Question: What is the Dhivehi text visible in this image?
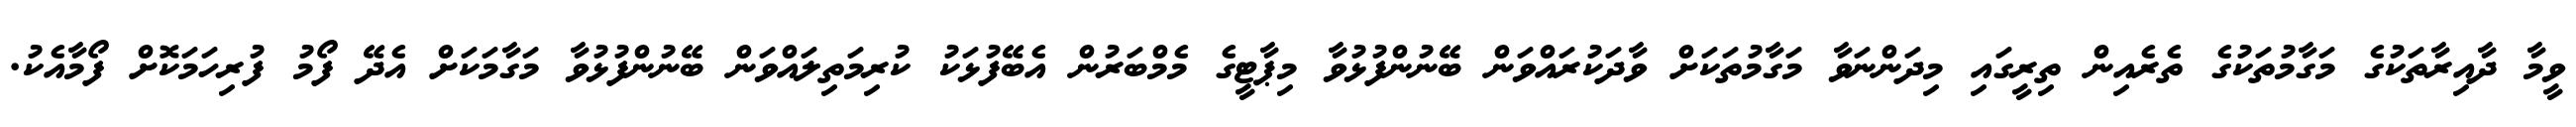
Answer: ވީމާ ދާއިރާތަކުގެ މަގާމުތަކުގެ ތެރެއިން ތިރީގައި މިދަންނަވާ މަގާމުތަކަށް ވާދަކުރައްވަން ބޭނުންފުޅުވާ މިޕާޓީގެ މެމްބަރުން އެބޭފުޅަކު ކުރިމަތިލައްވަން ބޭނުންފުޅުވާ މަގާމަކަށް އެދޭ ފޯމު ފުރިހަމަކޮށް ފޯމާއެކު.